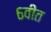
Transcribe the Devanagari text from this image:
६वीत